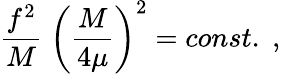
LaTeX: \frac{f^{2}}{M}\; \biggl(\frac{M}{4\mu}\biggr)^{2}=const.\; ,